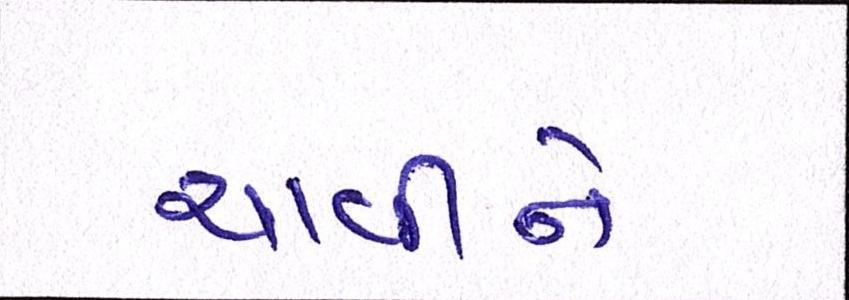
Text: ચાવીને